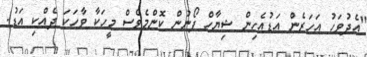
"އެދުވަހު އަހަރެން އަޑުއެހިން ޝިޔާހް ފޯނުން ކޮންމެވެސް މީހަކާ ވާހަކަ ދެއްކި އަޑު.